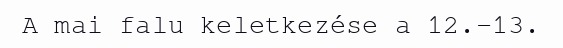
A mai falu keletkezése a 12.–13.